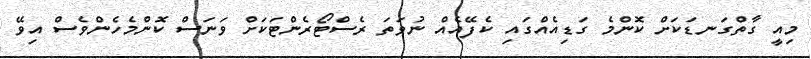
މިއީ ގާތްގަނޑަކަށް ކޮންމެ ގަޑިއެއްގައި ކެފޭއެއް ނުވަތަ ރެސްޓޯރެންޓަކަށް ވަނަސް ކޮންމެހެންވެސް އިވޭ